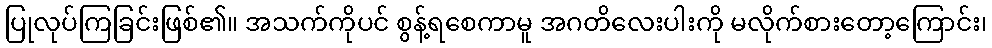
ပြုလုပ်ကြခြင်းဖြစ်၏။ အသက်ကိုပင် စွန့်ရစေကာမူ အဂတိလေးပါးကို မလိုက်စားတော့ကြောင်း၊